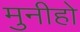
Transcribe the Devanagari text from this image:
मुनीहो